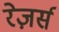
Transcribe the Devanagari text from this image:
रेज़र्स